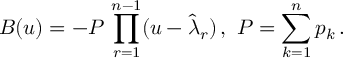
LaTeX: B ( u ) = - P \, \prod _ { r = 1 } ^ { n - 1 } ( u - \widehat { \lambda } _ { r } ) \, , \, \, P = \sum _ { k = 1 } ^ { n } p _ { k } \, .